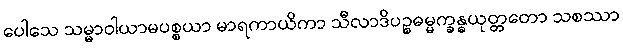
ပေါသေ သမ္မာဝါယာမပစ္စယာ မာရကာယိကာ သီလာဒိပဉ္စဓမ္မက္ခန္ဓယုတ္တတော သစဿာ